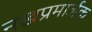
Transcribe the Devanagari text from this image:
नखप्रमार्जक